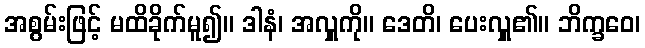
အစွမ်းဖြင့် မထိခိုက်မူ၍။ ဒါနံ၊ အလှူကို။ ဒေတိ၊ ပေးလှူ၏။ ဘိက္ခဝေ၊